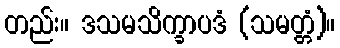
တည်း။ ဒသမသိက္ခာပဒံ (သမတ္တံ)။